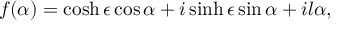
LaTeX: f ( \alpha ) = \cosh \epsilon \cos \alpha + i \sinh \epsilon \sin \alpha + i l \alpha ,